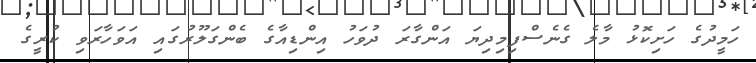
ހަމީދުގެ ހަށިކޮޅު މާލެ ގެނެސްފިމިދިޔަ އަންގާރަ ދުވަހު އިންޑިއާގެ ބެންގަލޫރުގައި އަވަހާރަވި ކުރީގެ